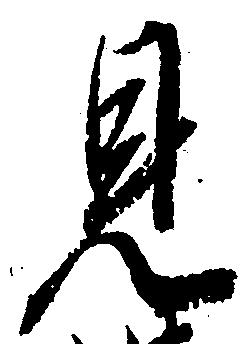
見